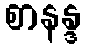
စာနန္ဒ